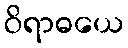
ဝိရာဓယေ